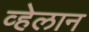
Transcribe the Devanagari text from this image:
व्हेलान